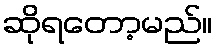
ဆိုရတော့မည်။